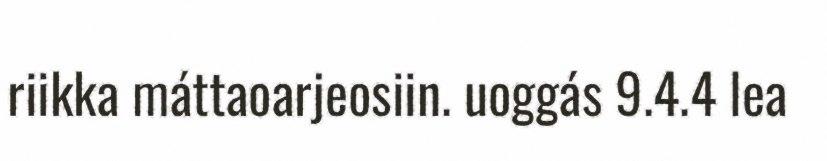
riikka máttaoarjeosiin. uoggás 9.4.4 lea